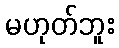
မဟုတ်ဘူး